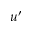
u ^ { \prime }